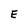
Character: E